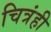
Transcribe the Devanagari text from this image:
चित्रंही